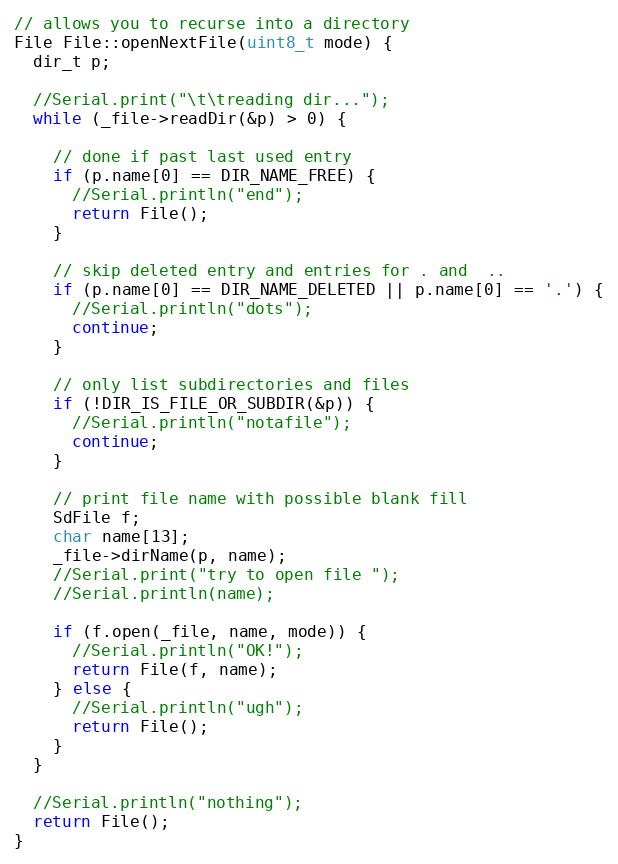
Language: C++
// allows you to recurse into a directory
File File::openNextFile(uint8_t mode) {
  dir_t p;

  //Serial.print("\t\treading dir...");
  while (_file->readDir(&p) > 0) {

    // done if past last used entry
    if (p.name[0] == DIR_NAME_FREE) {
      //Serial.println("end");
      return File();
    }

    // skip deleted entry and entries for . and  ..
    if (p.name[0] == DIR_NAME_DELETED || p.name[0] == '.') {
      //Serial.println("dots");
      continue;
    }

    // only list subdirectories and files
    if (!DIR_IS_FILE_OR_SUBDIR(&p)) {
      //Serial.println("notafile");
      continue;
    }

    // print file name with possible blank fill
    SdFile f;
    char name[13];
    _file->dirName(p, name);
    //Serial.print("try to open file ");
    //Serial.println(name);

    if (f.open(_file, name, mode)) {
      //Serial.println("OK!");
      return File(f, name);
    } else {
      //Serial.println("ugh");
      return File();
    }
  }

  //Serial.println("nothing");
  return File();
}